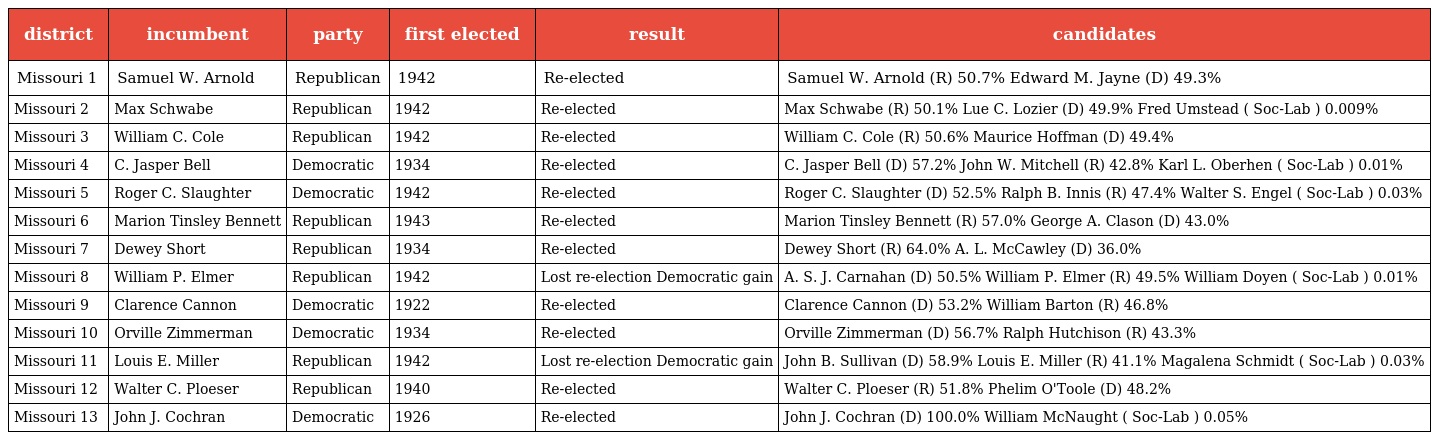
| district | incumbent | party | first elected | result | candidates |
 | --- | --- | --- | --- | --- | --- |
 | Missouri 1 | Samuel W. Arnold | Republican | 1942 | Re-elected | Samuel W. Arnold (R) 50.7% Edward M. Jayne (D) 49.3% |
 | Missouri 2 | Max Schwabe | Republican | 1942 | Re-elected | Max Schwabe (R) 50.1% Lue C. Lozier (D) 49.9% Fred Umstead ( Soc-Lab ) 0.009% |
 | Missouri 3 | William C. Cole | Republican | 1942 | Re-elected | William C. Cole (R) 50.6% Maurice Hoffman (D) 49.4% |
 | Missouri 4 | C. Jasper Bell | Democratic | 1934 | Re-elected | C. Jasper Bell (D) 57.2% John W. Mitchell (R) 42.8% Karl L. Oberhen ( Soc-Lab ) 0.01% |
 | Missouri 5 | Roger C. Slaughter | Democratic | 1942 | Re-elected | Roger C. Slaughter (D) 52.5% Ralph B. Innis (R) 47.4% Walter S. Engel ( Soc-Lab ) 0.03% |
 | Missouri 6 | Marion Tinsley Bennett | Republican | 1943 | Re-elected | Marion Tinsley Bennett (R) 57.0% George A. Clason (D) 43.0% |
 | Missouri 7 | Dewey Short | Republican | 1934 | Re-elected | Dewey Short (R) 64.0% A. L. McCawley (D) 36.0% |
 | Missouri 8 | William P. Elmer | Republican | 1942 | Lost re-election Democratic gain | A. S. J. Carnahan (D) 50.5% William P. Elmer (R) 49.5% William Doyen ( Soc-Lab ) 0.01% |
 | Missouri 9 | Clarence Cannon | Democratic | 1922 | Re-elected | Clarence Cannon (D) 53.2% William Barton (R) 46.8% |
 | Missouri 10 | Orville Zimmerman | Democratic | 1934 | Re-elected | Orville Zimmerman (D) 56.7% Ralph Hutchison (R) 43.3% |
 | Missouri 11 | Louis E. Miller | Republican | 1942 | Lost re-election Democratic gain | John B. Sullivan (D) 58.9% Louis E. Miller (R) 41.1% Magalena Schmidt ( Soc-Lab ) 0.03% |
 | Missouri 12 | Walter C. Ploeser | Republican | 1940 | Re-elected | Walter C. Ploeser (R) 51.8% Phelim O'Toole (D) 48.2% |
 | Missouri 13 | John J. Cochran | Democratic | 1926 | Re-elected | John J. Cochran (D) 100.0% William McNaught ( Soc-Lab ) 0.05% |